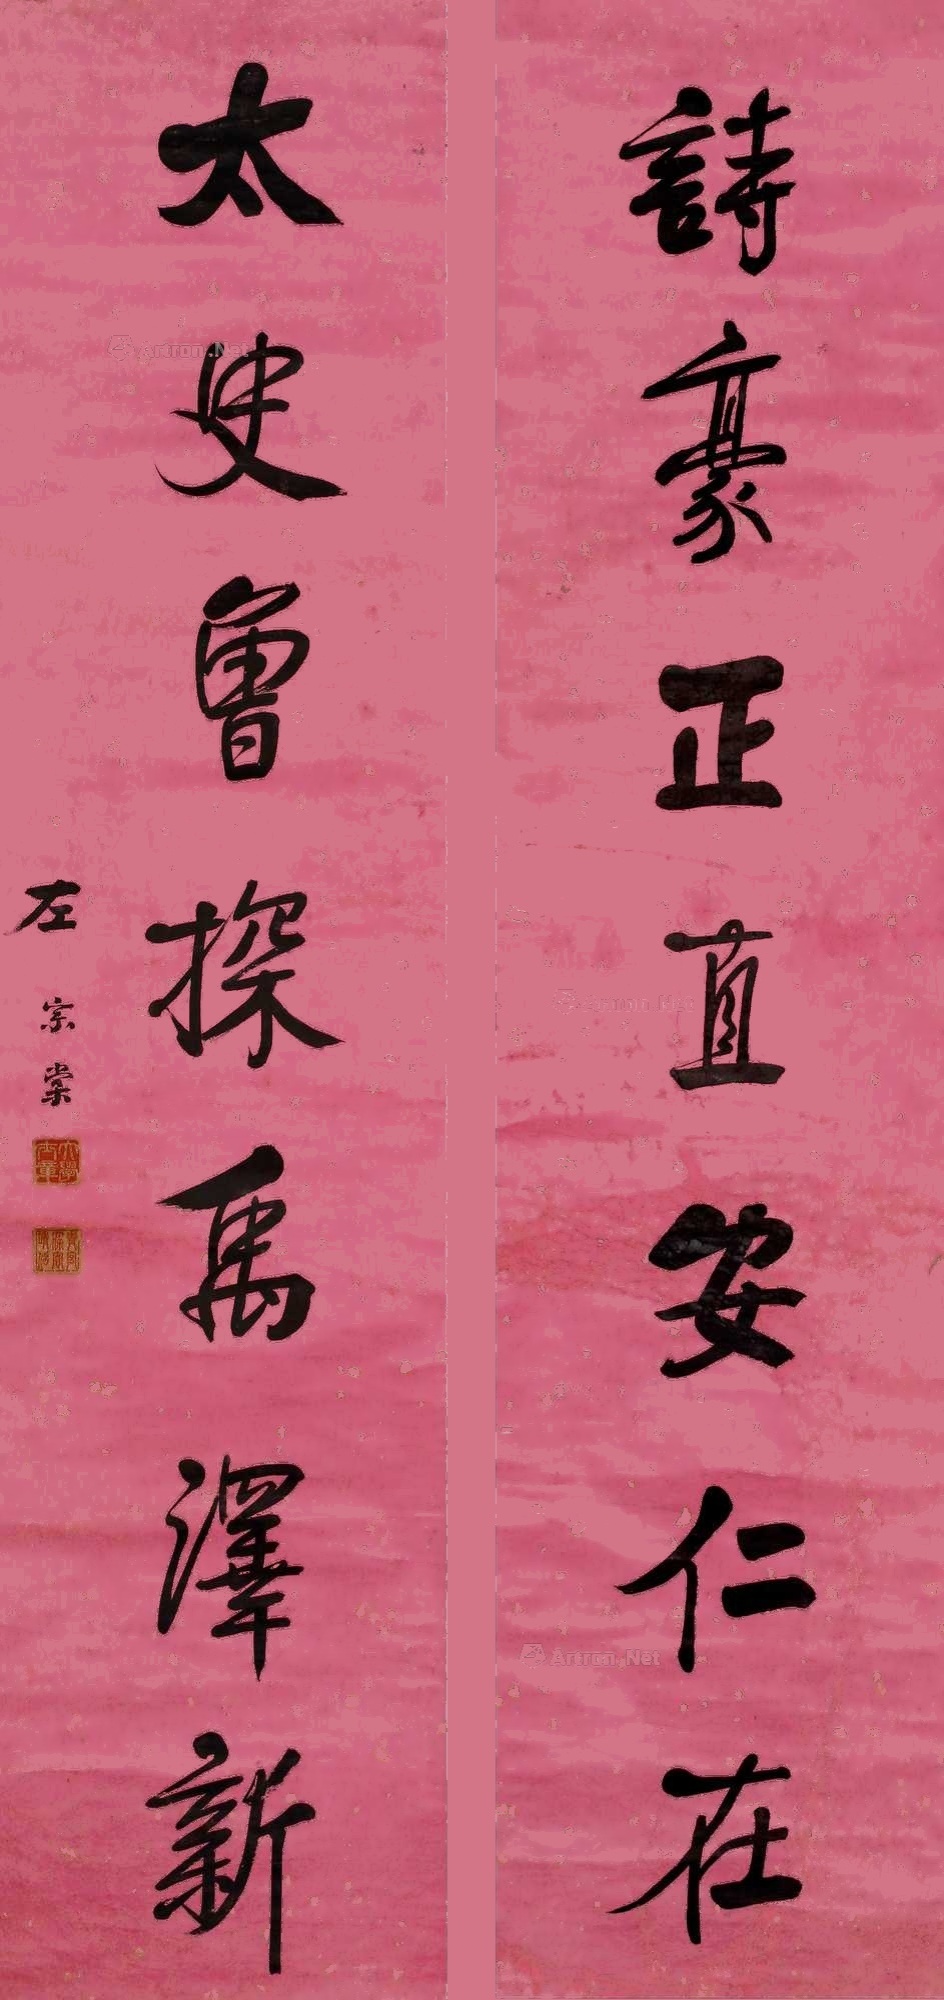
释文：诗豪正直安仁在，太史鲁探禹泽新。左宗棠。